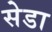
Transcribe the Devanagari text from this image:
सेडा